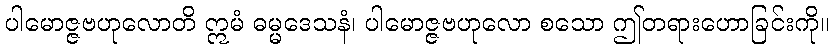
ပါမောဇ္ဇဗဟုလောတိ ဣမံ ဓမ္မဒေသနံ၊ ပါမောဇ္ဇဗဟုလော စသော ဤတရားဟောခြင်းကို။